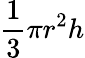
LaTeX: \frac{1}{3}\pi r^{2}h